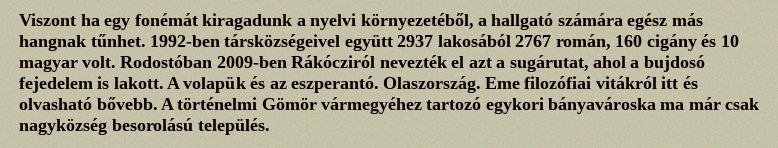
Viszont ha egy fonémát kiragadunk a nyelvi környezetéből, a hallgató számára egész más hangnak tűnhet. 1992-ben társközségeivel együtt 2937 lakosából 2767 román, 160 cigány és 10 magyar volt. Rodostóban 2009-ben Rákócziról nevezték el azt a sugárutat, ahol a bujdosó fejedelem is lakott. A volapük és az eszperantó. Olaszország. Eme filozófiai vitákról itt és olvasható bővebb. A történelmi Gömör vármegyéhez tartozó egykori bányavároska ma már csak nagyközség besorolású település.